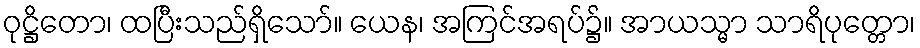
ဝုဋ္ဌိတော၊ ထပြီးသည်ရှိသော်။ ယေန၊ အကြင်အရပ်၌။ အာယသ္မာ သာရိပုတ္တော၊